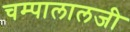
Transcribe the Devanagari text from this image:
चम्पालालजी